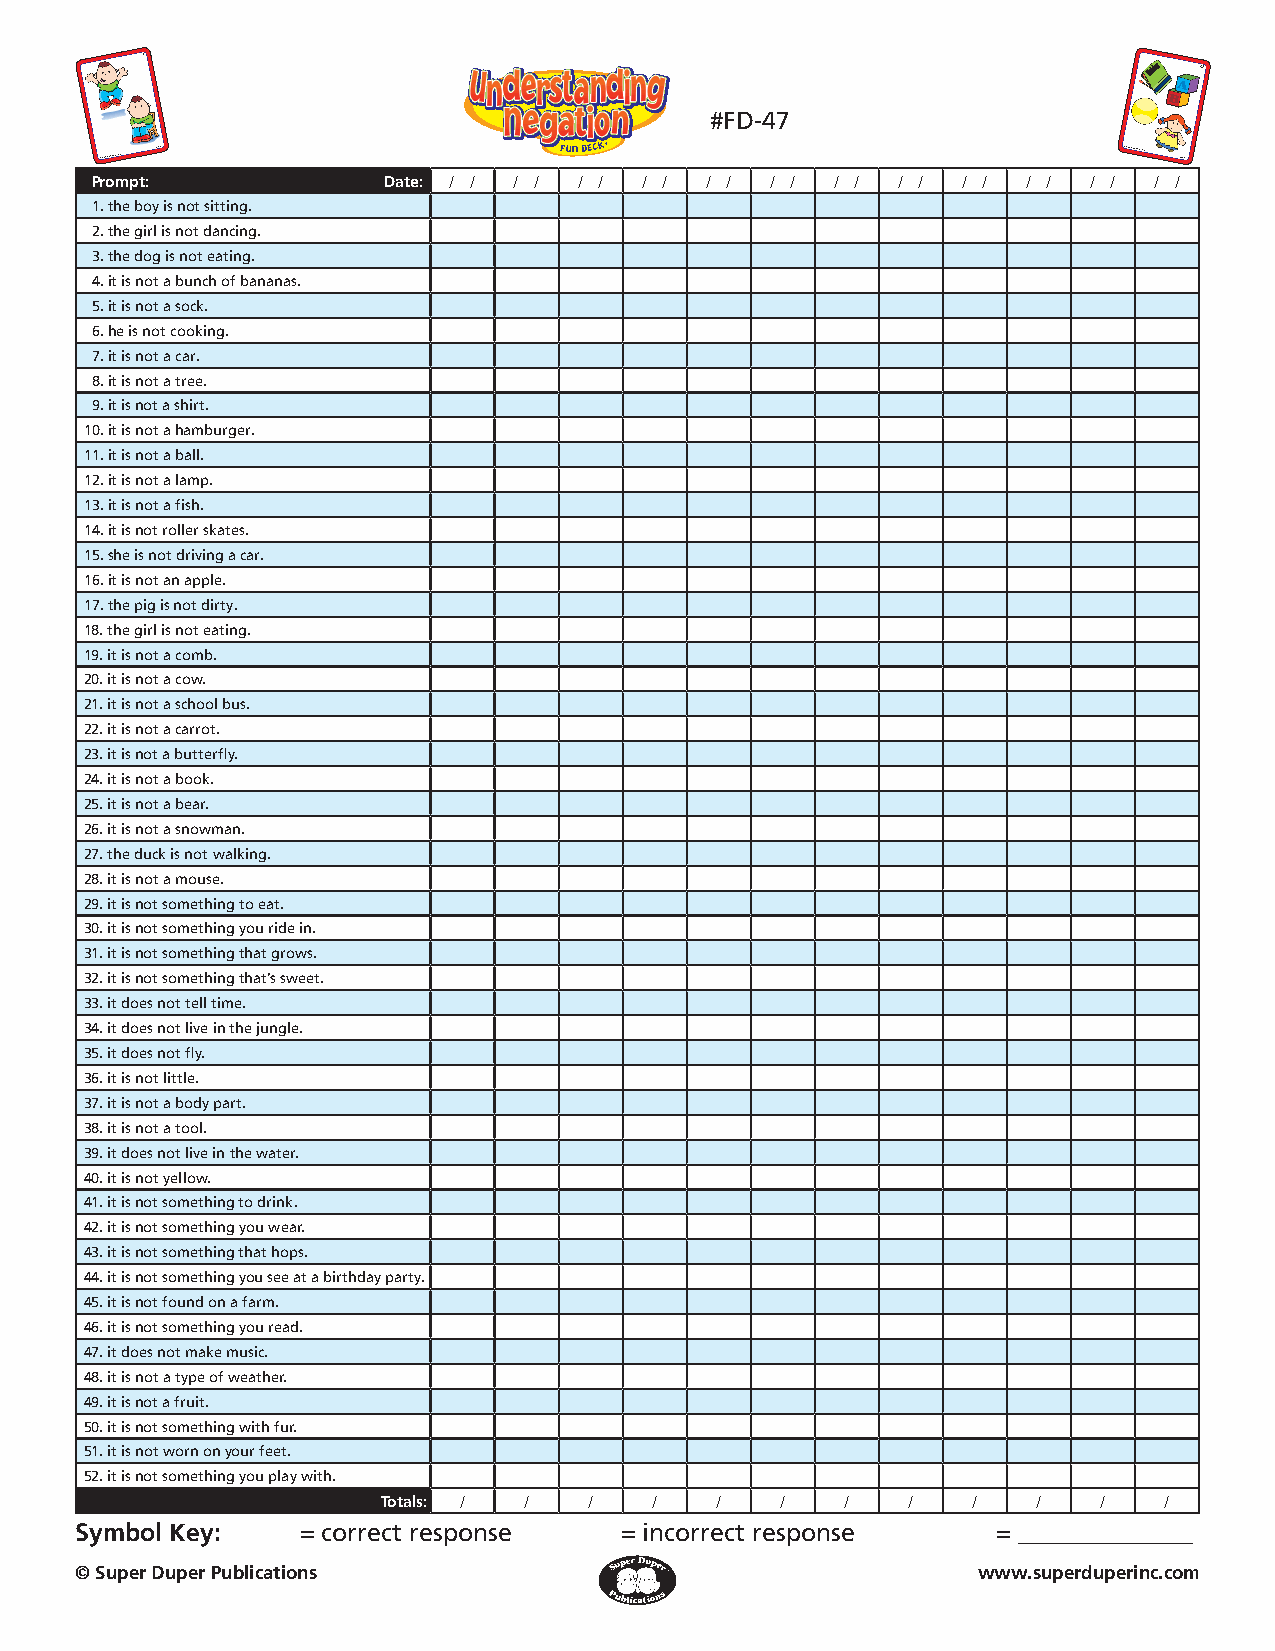
1
 52
 #FD-47
 © Super Duper® Publications #FD-47                                 © Super Duper® Publications #FD-47
 Prompt:            Date: / / / / / / / / / / / / / / / /  / / / / / / / /
 1. the boy is not sitting.
 2. the girl is not dancing.
 3. the dog is not eating.
 4. it is not a bunch of bananas.
 5. it is not a sock.
 6. he is not cooking.
 7. it is not a car.
 8. it is not a tree.
 9. it is not a shirt.
 10. it is not a h amburger.
 11. it is not a ball.
 12. it is not a lamp.
 13. it is not a fish.
 14. it is not roller skates.
 15. she is not driving a car.
 16. it is not an apple.
 17. the pig is not dirty.
 18. the girl is not eating.
 19. it is not a comb.
 20. it is not a cow.
 21. it is not a school bus.
 22. it is not a carrot.
 23. it is not a butterfly.
 24. it is not a book.
 25. it is not a bear.
 26. it is not a snowman.
 27. the duck is not walking.
 28. it is not a mouse.
 29. it is not something t o eat.
 30. it is not something you ride in.
 31. it is not something t hat grows.
 32. it is not something t hat’s sweet.
 33. it does not tell time.
 34. it does not live in the jungle.
 35. it does not fly.
 36. it is not little.
 37. it is not a body part.
 38. it is not a tool.
 39. it does not live in t he water.
 40. it is not yellow.
 41. it is not something to drink.
 42. it is not something you wear.
 43. it is not something that hops.
 44. it is not something you see at a birthday party.
 45. it is not found on a farm.
 46. it is not something y ou read.
 47. it does not make m usic.
 48. it is not a type of weather.
 49. it is not a fruit.
 50. it is not something w ith fur.
 51. it is not worn on y our feet.
 52. it is not something y ou play with.
 Totals: / /   /   /   /    /   /   /   /    /   /   /
 Symbol Key:    = correct response   = incorrect response     = ______________
 © Super Duper Publications                                  www.superduperinc.com